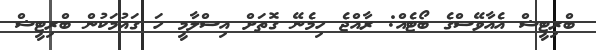
ބްރިޓީޝް އެއާވޭސްގެ ބޯޓެއް: ރާއްޖެ ހިމެނޭ ގޮތަށް އިސްލާމީ ހަ ގައުމަކުން ބްރިޓީޝް